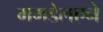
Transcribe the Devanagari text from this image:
मगडेलएने